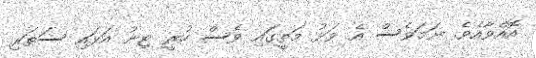
އޮއްވާއެވެ. ނަމަވެސް އެ ވަޅު މަތީގައި ވެސް ހުރީ ޓިނު އަޅައި ސަތަރި